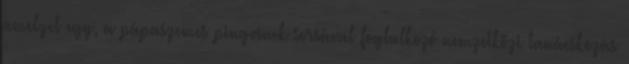
amelyet egy, a pápaszemes pingvinek sorsával foglalkozó nemzetközi tanácskozás